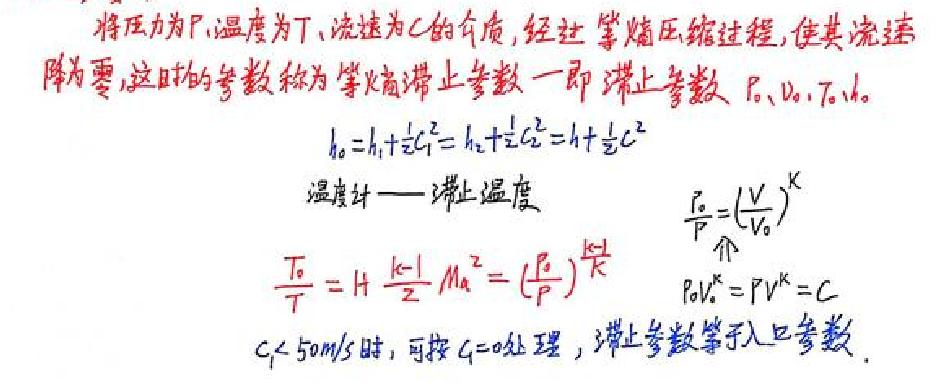
将压力为$P$、温度为$T$、流速为$C$的介质，经过等熵压缩过程，使其流速降为零，这时的参数称为等熵滞止参数——即滞止参数$P_0$、$V_0$、$T_0$、$h_0$。
$h_0=h_1+\frac{1}{2}C_1^2=h_2+\frac{1}{2}C_2^2=h+\frac{1}{2}C^2$
温度计——滞止温度
$\frac{T_0}{T}=1+\frac{k - 1}{2}Ma^2=(\frac{P_0}{P})^{\frac{k - 1}{k}}$
$\frac{P_0}{P}=(\frac{V}{V_0})^k$
$P_0V_0^k=PV^k = C$
$C_1<50m/s$时，可按$C_1 = 0$处理，滞止参数等于入口参数。